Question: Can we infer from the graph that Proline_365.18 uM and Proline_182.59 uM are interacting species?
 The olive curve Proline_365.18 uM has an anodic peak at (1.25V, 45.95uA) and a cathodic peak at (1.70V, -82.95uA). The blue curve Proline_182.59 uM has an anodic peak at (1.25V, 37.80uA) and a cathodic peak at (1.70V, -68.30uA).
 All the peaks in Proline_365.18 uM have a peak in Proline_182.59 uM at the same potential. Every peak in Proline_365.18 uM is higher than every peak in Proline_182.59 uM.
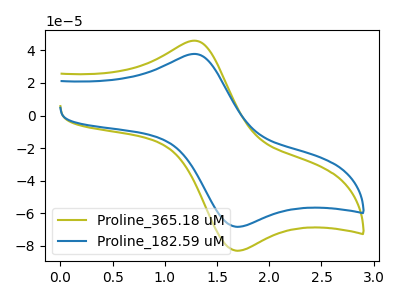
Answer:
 <answer>No, "Proline_365.18 uM" and "Proline_182.59 uM" don't appear to be significantly different in shape</answer>
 <eval>no_change</eval>